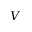
V